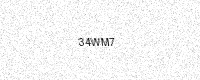
Text: 34WM7